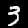
Digit: 3